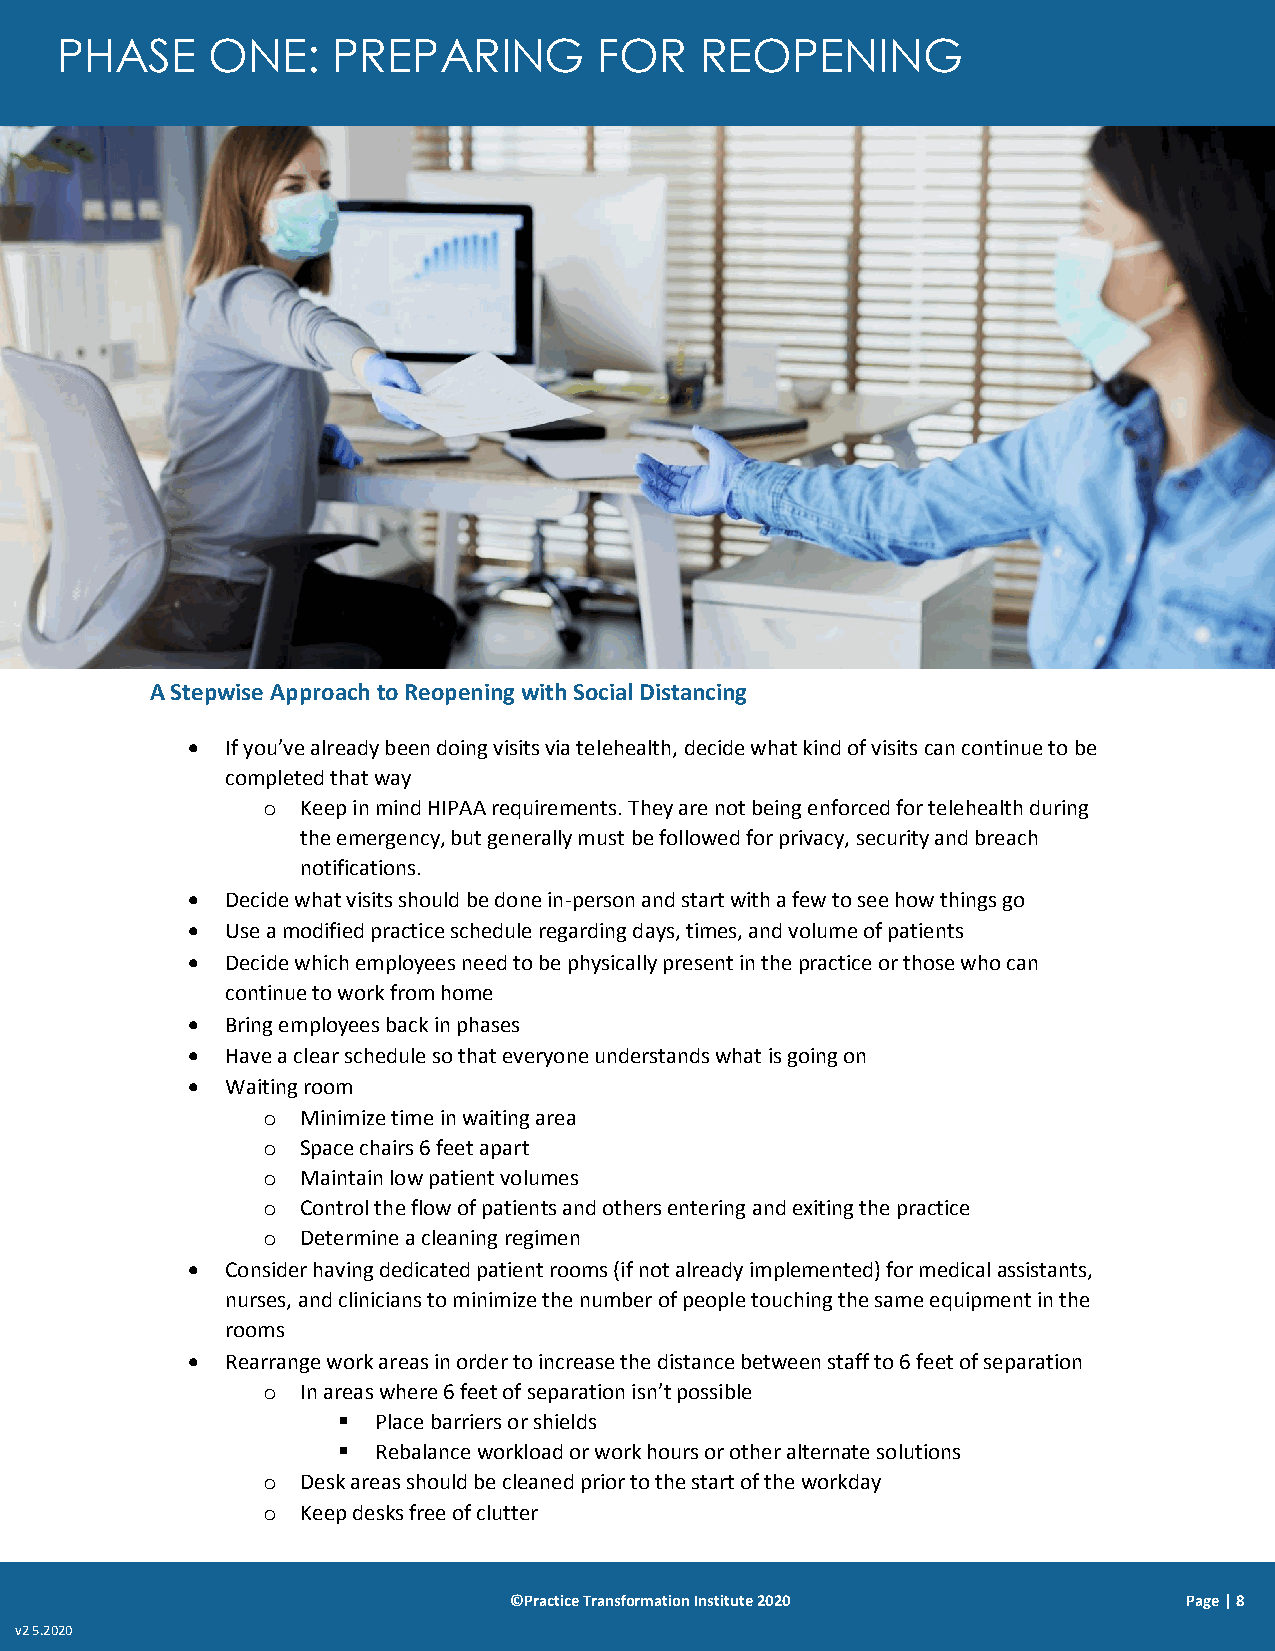
PHASE     ONE:    PREPARING         FOR   REOPENING
 A Stepwise Approach to Reopening with Social Distancing
   If you’ve already been doing visits via telehealth, decide what kind of visits can continue to be
 completed that way
 o  Keep in mind HIPAA requirements. They are not being enforced for telehealth during
 the emergency, but generally must be followed for privacy, security and breach
 notifications.
   Decide what visits should be done in-person and start with a few to see how things go
   Use a modified practice schedule regarding days, times, and volume of patients
   Decide which employees need to be physically present in the practice or those who can
 continue to work from home
   Bring employees back in phases
   Have a clear schedule so that everyone understands what is going on
   Waiting room
 o  Minimize time in waiting area
 o  Space chairs 6 feet apart
 o  Maintain low patient volumes
 o  Control the flow of patients and others entering and exiting the practice
 o  Determine a cleaning regimen
   Consider having dedicated patient rooms (if not already implemented) for medical assistants,
 nurses, and clinicians to minimize the number of people touching the same equipment in the
 rooms
   Rearrange work areas in order to increase the distance between staff to 6 feet of separation
 o  In areas where 6 feet of separation isn’t possible
   Place barriers or shields
   Rebalance workload or work hours or other alternate solutions
 o  Desk areas should be cleaned prior to the start of the workday
 o  Keep desks free of clutter
 ©Practice Transformation Institute 2020      Page | 8
 v2 5.2020